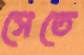
সেতে